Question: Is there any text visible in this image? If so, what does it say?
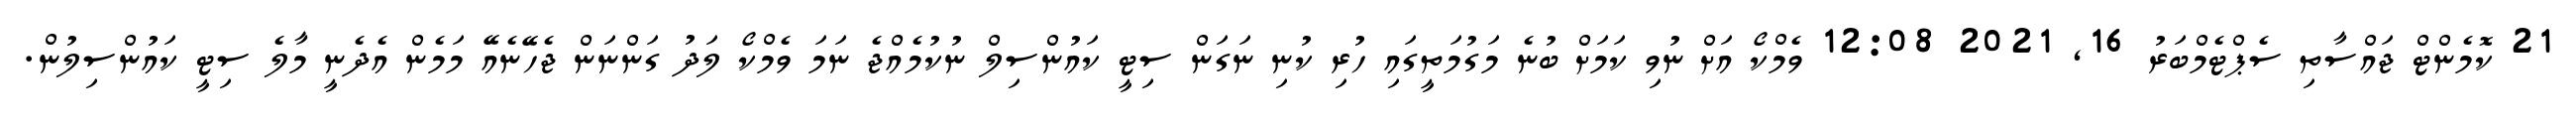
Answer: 21 ކޮމެންޓް ޖައްސާތި ސެޕްޓެމްބަރު 16, 2021 12:08 ވެމްކޯ އަށް ނުވި ކަމަށް ބުނެ މަގުމަތީގައި ހުރި ކުނި ނަގަން ސިޓީ ކައުންސިލް ނުކުމެއްޖެ ނަމަ ވެމްކޯ ލަދު ގަންނަން ޖެހޭނެއޭ މަމެން އެދެނީ މާލެ ސިޓީ ކައުންސިލުން.